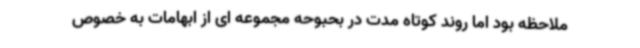
ملاحظه بود اما روند کوتاه مدت در بحبوحه مجموعه ای از ابهامات به خصوص